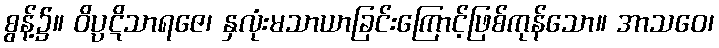
စွန့်၌။ ဝိပ္ပဋိသာရဇေ၊ နှလုံးမသာယာခြင်းကြောင့်ဖြစ်ကုန်သော။ အာသဝေ၊